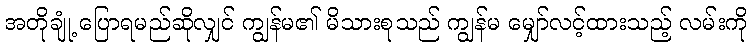
အတိုချုံ့ ပြောရမည်ဆိုလျှင် ကျွန်မ၏ မိသားစုသည် ကျွန်မ မျှော်လင့်ထားသည့် လမ်းကို